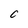
Character: C